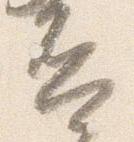
否